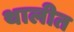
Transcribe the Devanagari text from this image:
थालीत